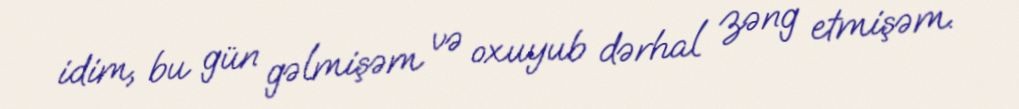
idim, bu gün gəlmişəm və oxuyub dərhal zəng etmişəm.